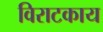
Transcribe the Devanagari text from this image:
विराटकाय